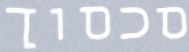
סכסוך